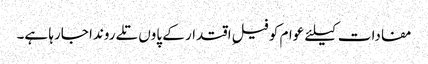
مفادات کیلئے عوام کو فیلِ اقتدار کے پاوں تلے روندا جارہا ہے۔